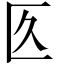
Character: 匛